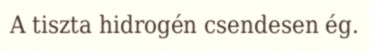
A tiszta hidrogén csendesen ég.